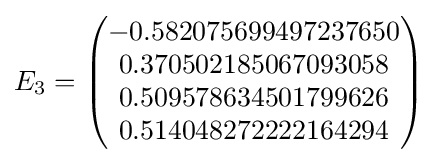
E_{3}={\begin{pmatrix}-0.582075699497237650\\0.370502185067093058\\0.509578634501799626\\0.514048272222164294\end{pmatrix}}